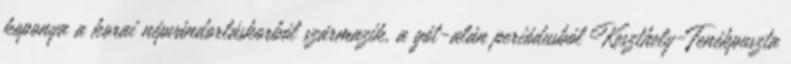
koponya a korai népvándorláskorból származik, a gót-alán periódusból Keszthely-Fenékpuszta